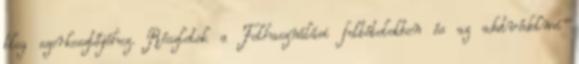
blog szerkesztőjéhez. Részletek a Felhasználási feltételekben és az adatvédelmi